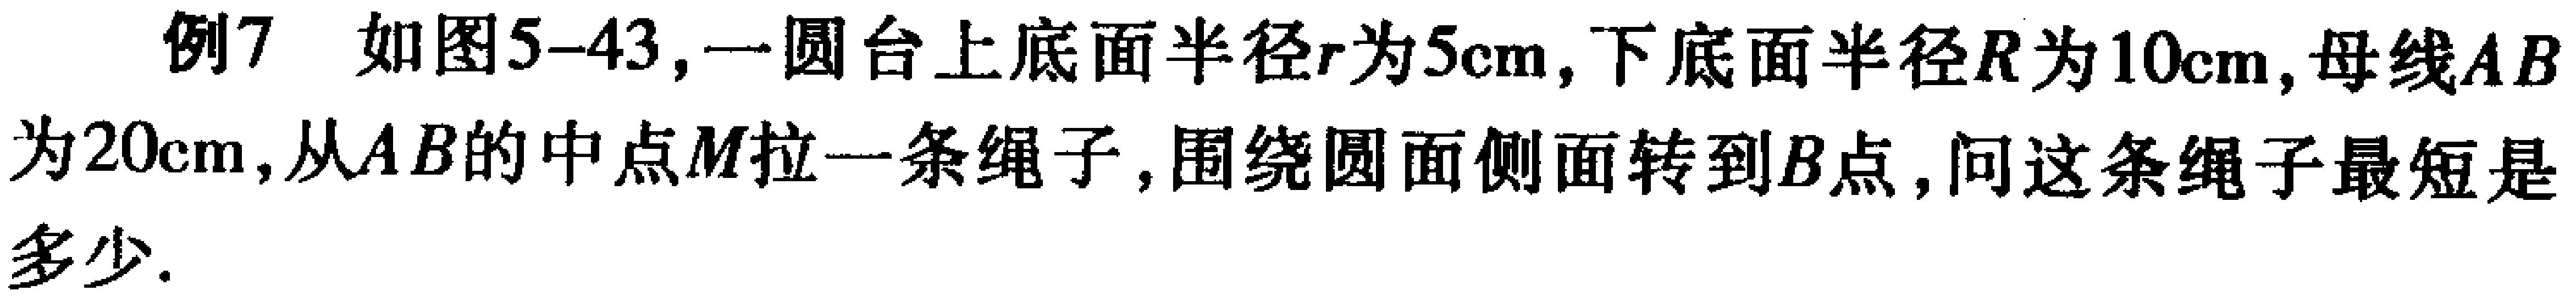
例7 如图5-43, 一圆台上底面半径\(r\)为\(5\mathrm{cm}\), 下底面半径\(R\)为\(10\mathrm{cm}\), 母线\(AB\)为\(20\mathrm{cm}\), 从\(AB\)的中点\(M\)拉一条绳子, 围绕圆面侧面转到\(B\)点, 问这条绳子最短是多少.